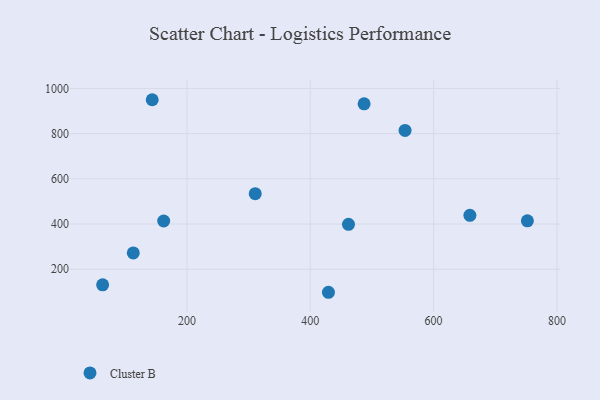
{"axis": {"x": "Study Hours", "y": "Fuel Efficiency"}, "legend": ["Cluster B"], "data": [{"x": "310.8", "y": 534.2, "type": "Cluster B"}, {"x": "462.0", "y": 398.6, "type": "Cluster B"}, {"x": "429.5", "y": 97.9, "type": "Cluster B"}, {"x": "752.0", "y": 414.0, "type": "Cluster B"}, {"x": "63.4", "y": 130.7, "type": "Cluster B"}, {"x": "143.8", "y": 950.0, "type": "Cluster B"}, {"x": "113.1", "y": 272.0, "type": "Cluster B"}, {"x": "487.3", "y": 931.7, "type": "Cluster B"}, {"x": "162.4", "y": 413.3, "type": "Cluster B"}, {"x": "658.8", "y": 438.5, "type": "Cluster B"}, {"x": "553.7", "y": 814.2, "type": "Cluster B"}]}